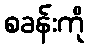
စခန်းကို